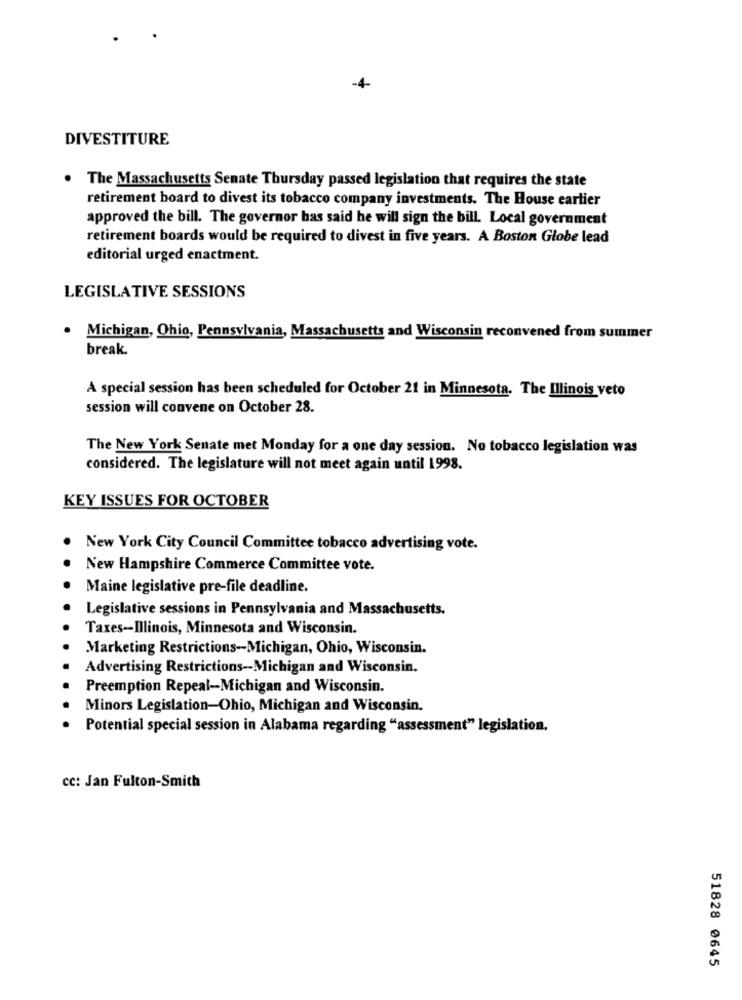
DIVESTITURE
. The Massachusetts Senate Thursday passed legislation that requires the state
retirement board to divest its tobacco company investments. The House earlier
approved the bill. The governor has said he will sign the bill. Local government
retirement boards would be required to divest in five years. A Boston Globe lead
editorial urged enactment.
LEGISLATIVE SESSIONS
.
Michigan, Ohio, Pennsylvania, Massachusetts and Wisconsin reconvened from summer
break.
A special session has been scheduled for October 21 in Minnesota. The Illinois veto
session will convene on October 28.
The New York Senate met Monday for a one day session. No tobacco legislation was
considered. The legislature will not meet again until 1998.
KEY ISSUES FOR OCTOBER
New York City Council Committee tobacco advertising vote.
New Hampshire Commerce Committee vote.
Maine legislative pre-file deadline.
Legislative sessions in Pennsylvania and Massachusetts.
Taxes -- Illinois, Minnesota and Wisconsin.
Marketing Restrictions-Michigan, Ohio, Wisconsin.
Advertising Restrictions-Michigan and Wisconsin.
Preemption Repeal -- Michigan and Wisconsin.
Minors Legislation-Ohio, Michigan and Wisconsin.
Potential special session in Alabama regarding "assessment" legislation.
cc: Jan Fulton-Smith
51828 0645